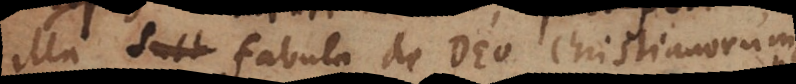
illa fabula de Deo Christianorum